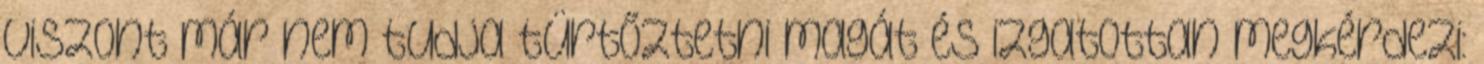
viszont már nem tudja türtőztetni magát és izgatottan megkérdezi: